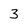
Character: 3